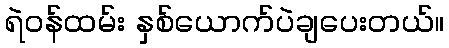
ရဲဝန်ထမ်း နှစ်ယောက်ပဲချပေးတယ်။